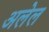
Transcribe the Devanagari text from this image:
अलेल